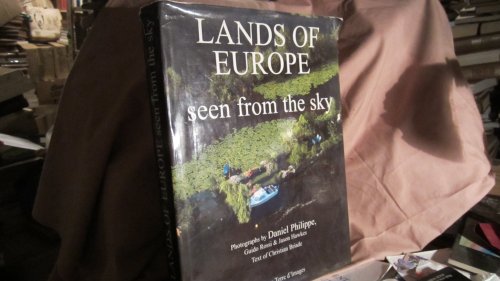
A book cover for Lands of Europe Seen from the Sky; Christian Briade; Arts & Photography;